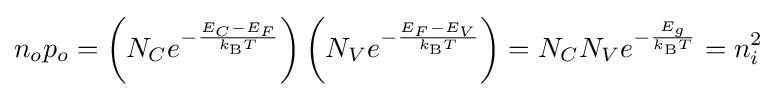
n_{o}p_{o}=\left(N_{C}e^{-{\frac {E_{C}-E_{F}}{k_{\text{B}}T}}}\right)\left(N_{V}e^{-{\frac {E_{F}-E_{V}}{k_{\text{B}}T}}}\right)=N_{C}N_{V}e^{-{\frac {E_{g}}{k_{\text{B}}T}}}=n_{i}^{2}